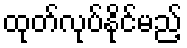
ထုတ်လုပ်နိုင်မည့်